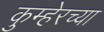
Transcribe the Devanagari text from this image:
कुम्हेरच्या